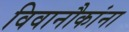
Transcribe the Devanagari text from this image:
विवानौकांना